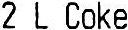
2 L COKE